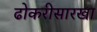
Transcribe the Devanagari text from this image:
ढोकरीसारखा